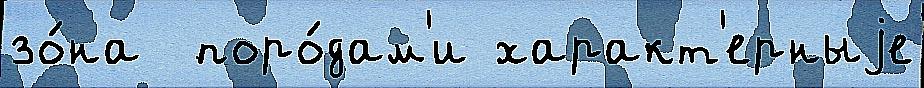
зо́на  поро́дам'и характ'ерныjе